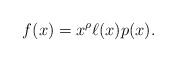
LaTeX: \begin{align*}f(x) = x^\rho \ell(x) p(x).\end{align*}